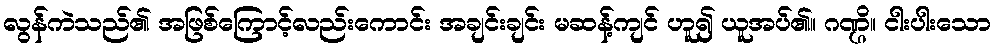
လွန်ကဲသည်၏ အဖြစ်ကြောင့်လည်းကောင်း အချင်းချင်း မဆန့်ကျင် ဟူ၍ ယူအပ်၏။ ဂဏ္ဌိ။ ငါးပါးသော